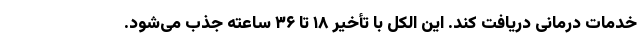
خدمات درمانی دریافت کند. این الکل با تأخیر ۱۸ تا ۳۶ ساعته جذب می‌شود.